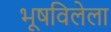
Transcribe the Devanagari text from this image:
भूषविलेला